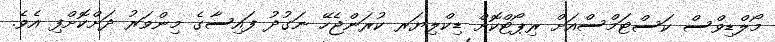
މޯލްޑިވްސް ކަސްޓަމްސްއަށް ރިޕޯޓްކޮށް ޑިކްލިޔަރ ކުރަންޖެހޭ ނަގުދު ފައިސާގެ މިންވަރު ދަށްކޮށްފި އެވެ.